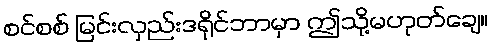
စင်စစ် မြင်းလှည်းဒရိုင်ဘာမှာ ဤသို့မဟုတ်ချေ။